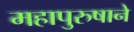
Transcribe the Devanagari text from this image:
महापुरुषाने